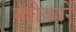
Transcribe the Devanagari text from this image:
स्वीकारें